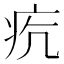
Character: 𤵎